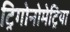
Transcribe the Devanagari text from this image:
ट्रिगोनोमेट्रिया